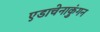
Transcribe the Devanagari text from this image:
एडाचेनाकुंगन